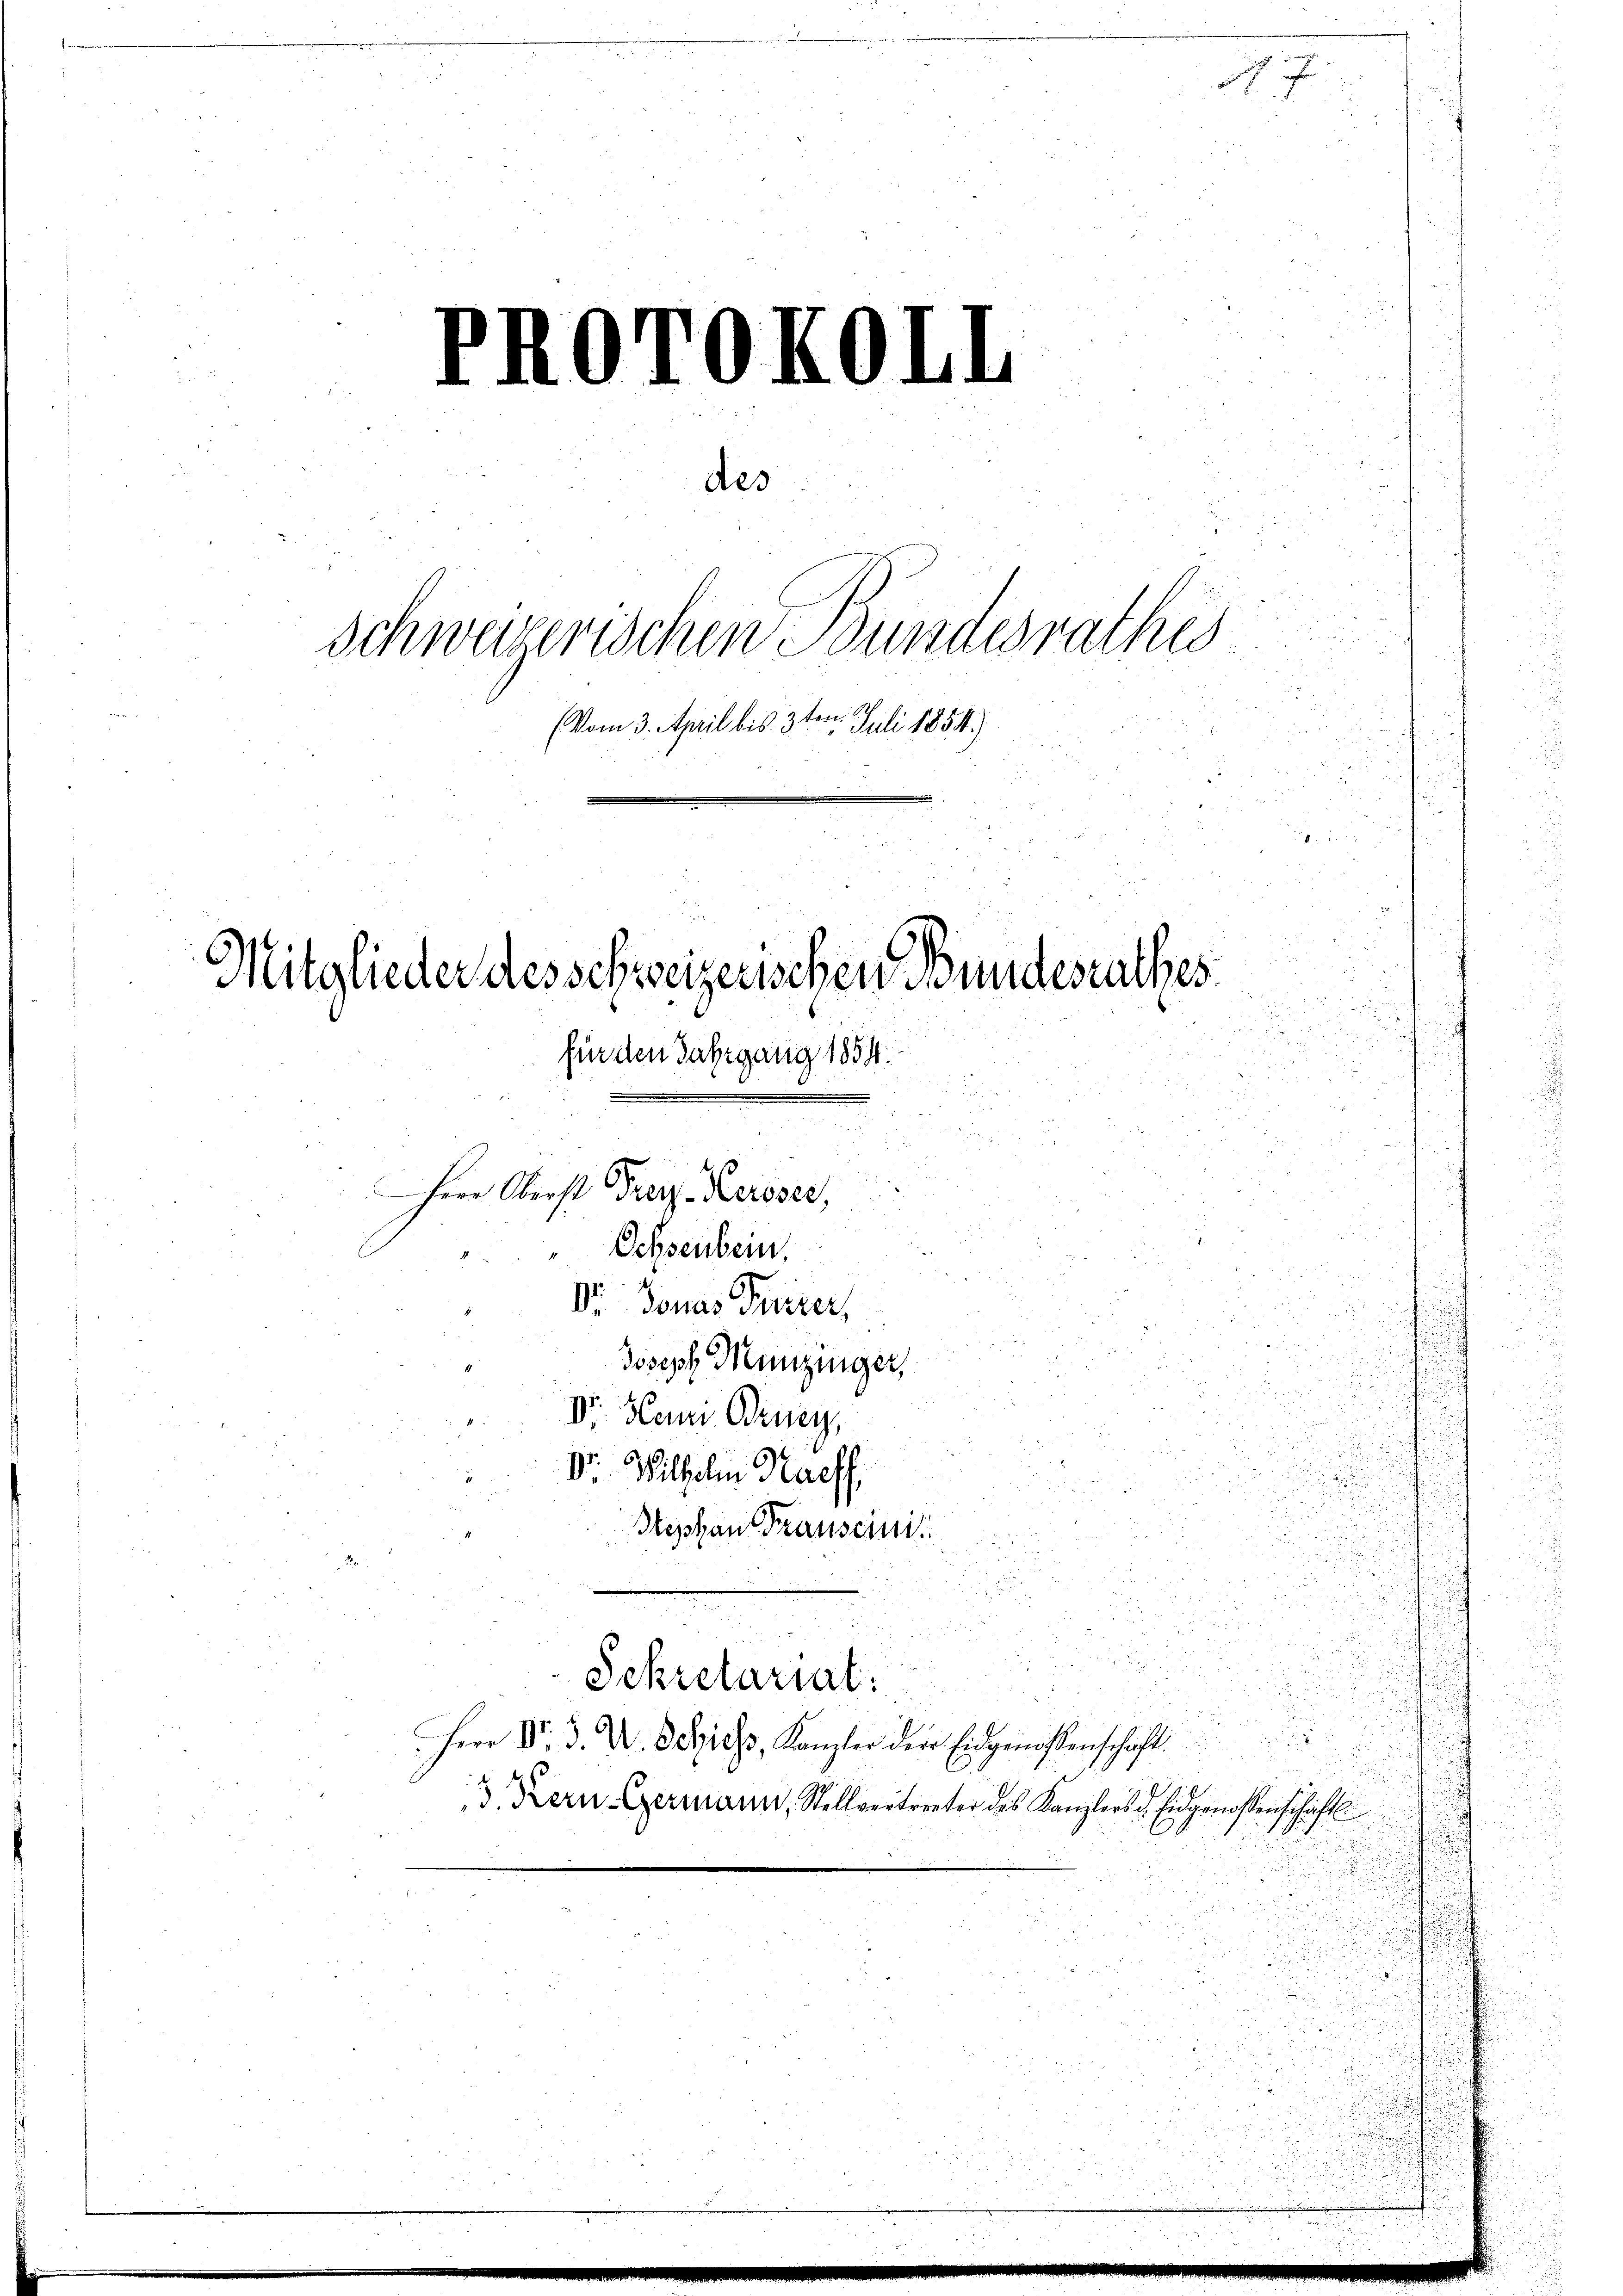
d

n
Schweizerischen Bundesrathes

2
(Vom 3. April bis 3ten Juli 1854.)
s
 24 x
Mitglieder desschweizerischen Bundesrathes:
i
d
für den Jahrgang 1854.
n
i
Herr Oberst Franz-Keisser,
Ochsenbein.
Dr Jonas Freizer,
Joseph Menzinger,
Dr. Herr Druey,
Dr. Wilhelm Traeff,
Stephan Frauseini
u
Schretariat:

des

Herr Dr. d. M. D Siehs, Kanzler der Eidgenossenschaft.

3 Kern Germann, Stellvertreter des Kanzlers d. Eidgenossenschaftl